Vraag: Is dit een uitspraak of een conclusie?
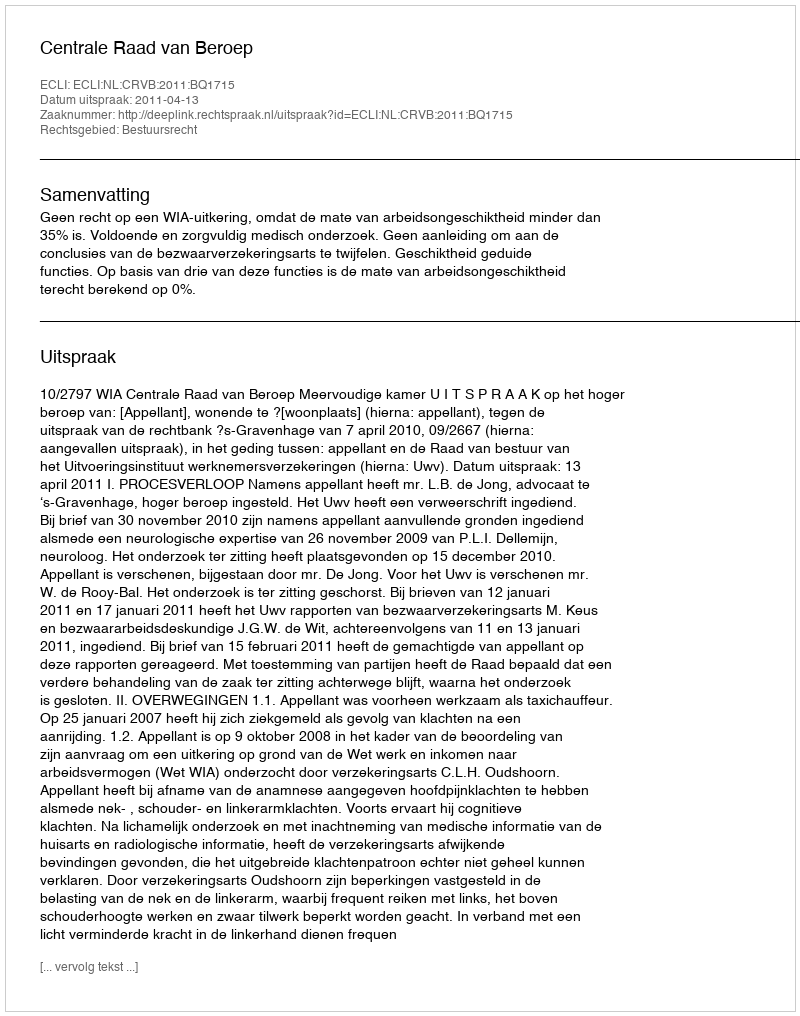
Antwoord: Uitspraak